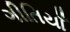
ગીતિયાઁ